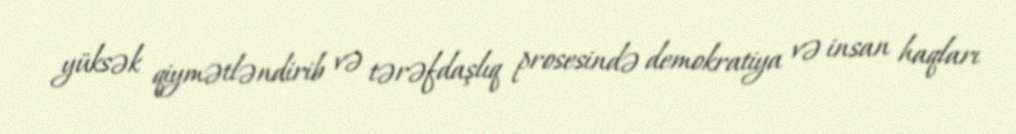
yüksək qiymətləndirib və tərəfdaşlıq prosesində demokratiya və insan haqları